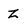
Character: Z